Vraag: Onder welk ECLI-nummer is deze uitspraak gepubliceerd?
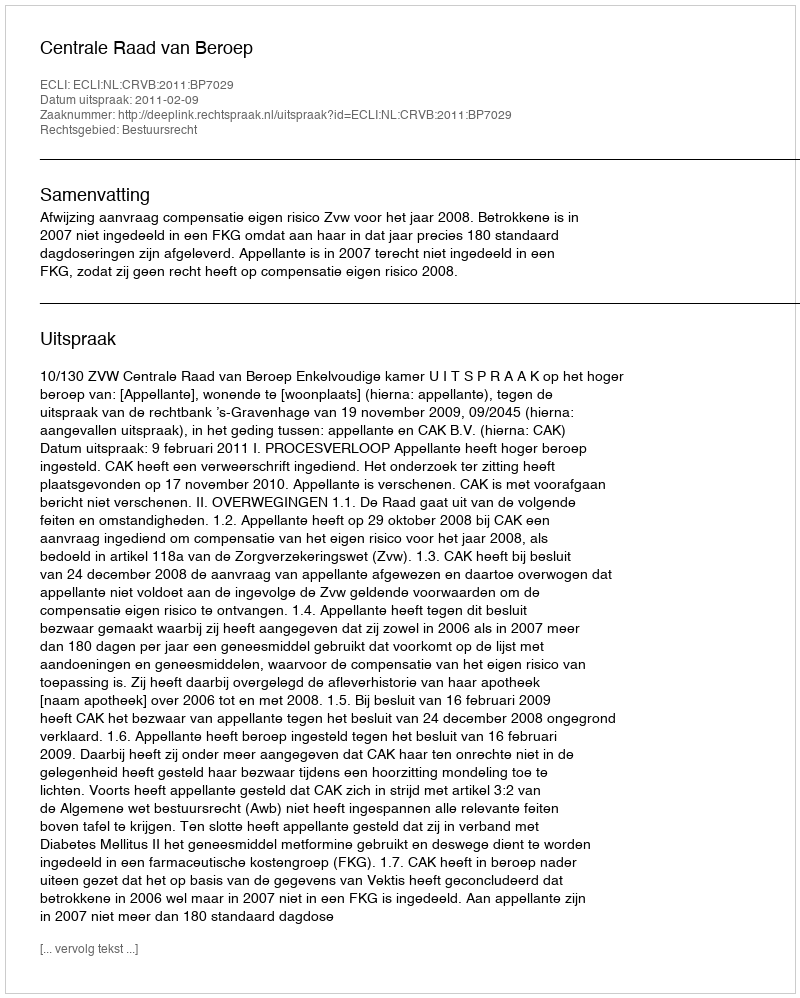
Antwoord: ECLI:NL:CRVB:2011:BP7029